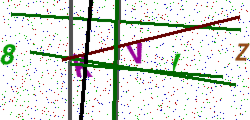
Text: 8KVIZ